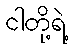
ငါတို့ရဲ့